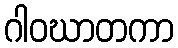
ဂါဝဃာတကာ